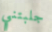
جلبتني